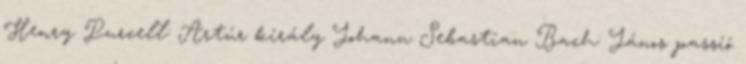
Henry Purcell: Artúr király Johann Sebastian Bach: János passió